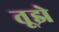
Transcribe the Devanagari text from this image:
तूझे